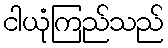
ငါယုံကြည်သည်